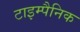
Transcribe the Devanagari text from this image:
टाइम्पैनिक